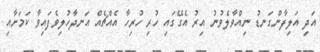
އަދި އަލިފާންގަނޑު ނިއްވާލެވުނު އިރު އެގޭގައި ހުރި ހުރިހާ އެއްޗެއް އަނދާހުލިވެފައިވާ ކަމަށާއި